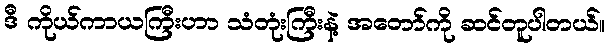
ဒီ ကိုယ်ကာယကြီးဟာ သံတုံးကြီးနဲ့ အတော်ကို ဆင်တူပါတယ်။